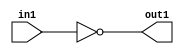
`timescale 1ps / 1ps
/*****************************************************************************
    Verilog RTL Description
    
    
    Created by: Stratus DpOpt 21.05.01 
*******************************************************************************/

module Filter_Not_1U_1U_4 (
	in1,
	out1
	); /* architecture "behavioural" */ 
input  in1;
output  out1;
wire  asc001;

assign asc001 = 
	((~in1));

assign out1 = asc001;
endmodule

/* CADENCE  urTwSQ4= : u9/ySxbfrwZIxEzHVQQV8Q== ** DO NOT EDIT THIS LINE ******/